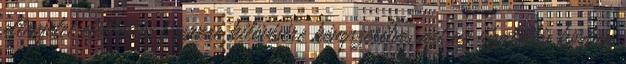
ellenfelet elöltöltős fegyvere kilövésére kényszerítve, azt az újratöltés közben